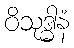
ဝိသုဒ္ဓါနံ